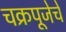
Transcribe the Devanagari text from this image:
चक्रपूजेचे